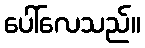
ပေါ်လေသည်။